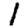
Digit: 1